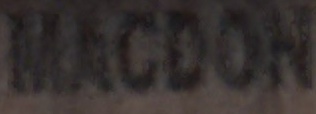
MACDON